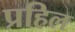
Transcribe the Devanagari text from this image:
प्रहिल